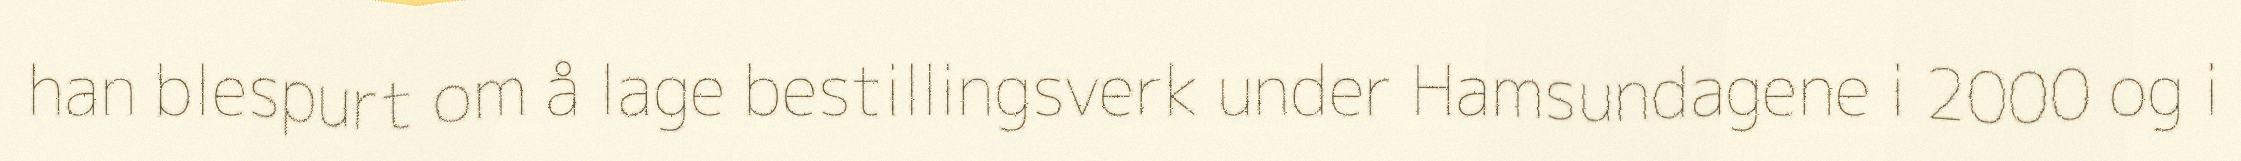
han blespurt om å lage bestillingsverk under Hamsundagene i 2000 og i